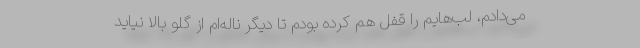
می‌دادم، لب‌هایم را قفل هم کرده بودم تا دیگر ناله‌ام از گلو بالا نیاید